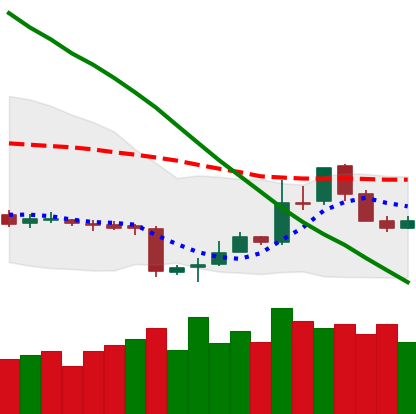
Ticker: LTC-USD
Chart end date: 2018-11-10
Forward return: -16.132%
Label: down_7plus